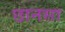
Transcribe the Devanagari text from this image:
छानसा